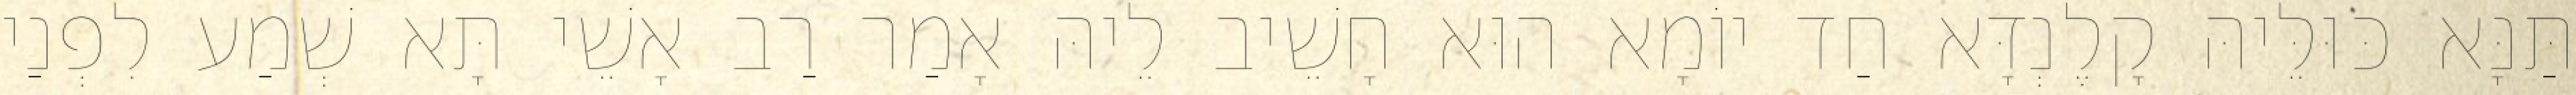
תַּנָּא כּוּלֵּיהּ קָלֶנְדָּא חַד יוֹמָא הוּא חָשֵׁיב לֵיהּ אָמַר רַב אָשֵׁי תָּא שְׁמַע לִפְנַי